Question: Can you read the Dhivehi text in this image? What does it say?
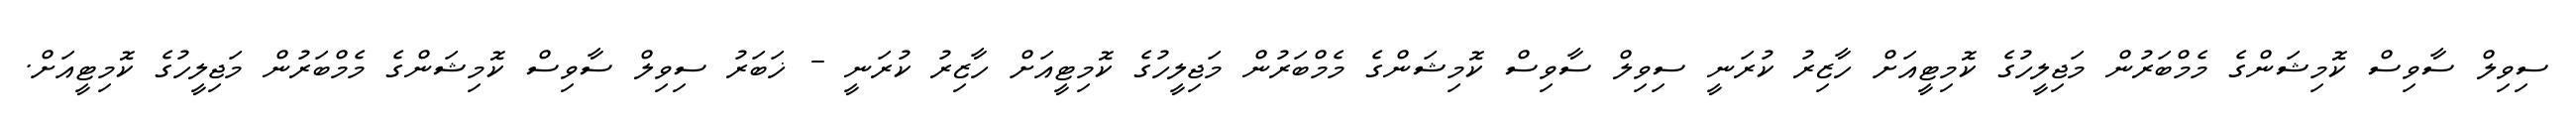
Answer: ސިވިލް ސާވިސް ކޮމިޝަންގެ މެމްބަރުން މަޖިލީހުގެ ކޮމިޓީއަށް ހާޒިރު ކުރަނީ ސިވިލް ސާވިސް ކޮމިޝަންގެ މެމްބަރުން މަޖިލީހުގެ ކޮމިޓީއަށް ހާޒިރު ކުރަނީ - ޚަބަރު ސިވިލް ސާވިސް ކޮމިޝަންގެ މެމްބަރުން މަޖިލީހުގެ ކޮމިޓީއަށް.